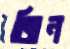
জিন